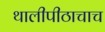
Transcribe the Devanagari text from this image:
थालीपीठाचाच